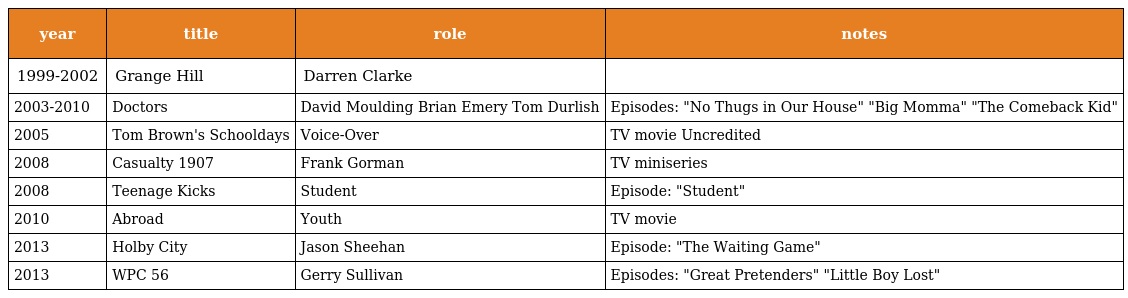
| year | title | role | notes |
 | --- | --- | --- | --- |
 | 1999-2002 | Grange Hill | Darren Clarke |  |
 | 2003-2010 | Doctors | David Moulding Brian Emery Tom Durlish | Episodes: "No Thugs in Our House" "Big Momma" "The Comeback Kid" |
 | 2005 | Tom Brown's Schooldays | Voice-Over | TV movie Uncredited |
 | 2008 | Casualty 1907 | Frank Gorman | TV miniseries |
 | 2008 | Teenage Kicks | Student | Episode: "Student" |
 | 2010 | Abroad | Youth | TV movie |
 | 2013 | Holby City | Jason Sheehan | Episode: "The Waiting Game" |
 | 2013 | WPC 56 | Gerry Sullivan | Episodes: "Great Pretenders" "Little Boy Lost" |